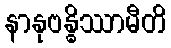
နာနုဗန္ဓိဿာမီတိ